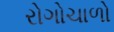
રોગોચાળો